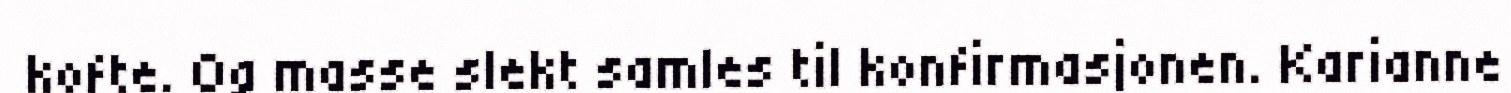
kofte. Og masse slekt samles til konfirmasjonen. Karianne